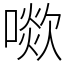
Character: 㗵